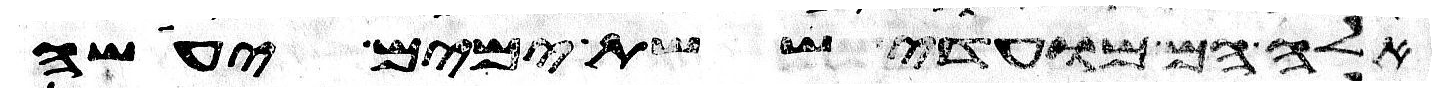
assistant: אלה הם מועדי ששת ימים יעשה